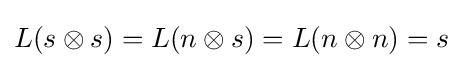
L(s\otimes s)=L(n\otimes s)=L(n\otimes n)=s